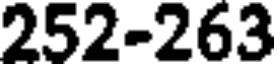
252-263